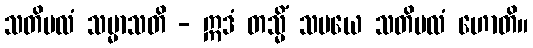
သတိဗလံ သမ္မာသတိ - ဣဒံ တသ္မိံ သမယေ သတိဗလံ ဟောတိ။